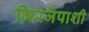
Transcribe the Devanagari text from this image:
मिरजेपाशी